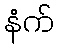
နံက်